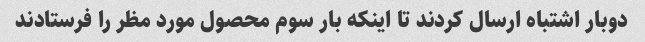
دوبار اشتباه ارسال کردند تا اینکه بار سوم محصول مورد مظر را فرستادند